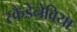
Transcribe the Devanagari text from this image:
स्कैडेनेविया